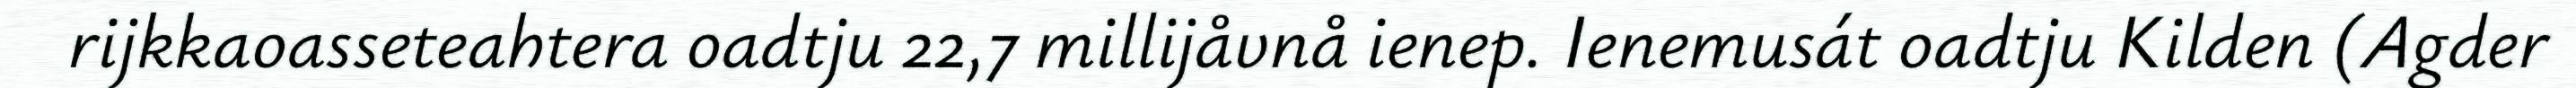
rijkkaoasseteahtera oadtju 22,7 millijåvnå ienep. Ienemusát oadtju Kilden (Agder